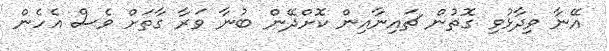
އޭނާ ވިދާޅުވި ގޮތުން ޗައިނާއިން ކޮށްދޭން ބުނާ ވަރާ ގާތަށް ވެސް އެހެން